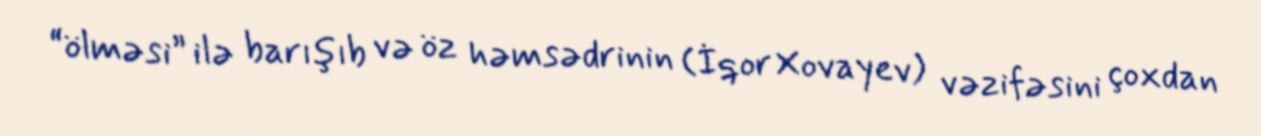
“ölməsi” ilə barışıb və öz həmsədrinin (İqor Xovayev) vəzifəsini çoxdan